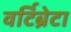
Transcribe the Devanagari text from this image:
वर्टिब्रेटा